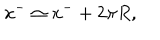
x ^ { - } \simeq x ^ { - } + 2 \pi R ,